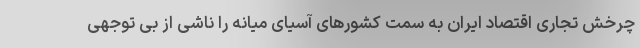
چرخش تجاری اقتصاد ایران به سمت کشورهای آسیای میانه را ناشی از بی توجهی